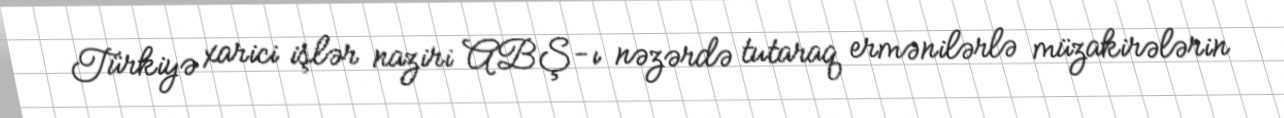
Türkiyə xarici işlər naziri ABŞ-ı nəzərdə tutaraq ermənilərlə müzakirələrin